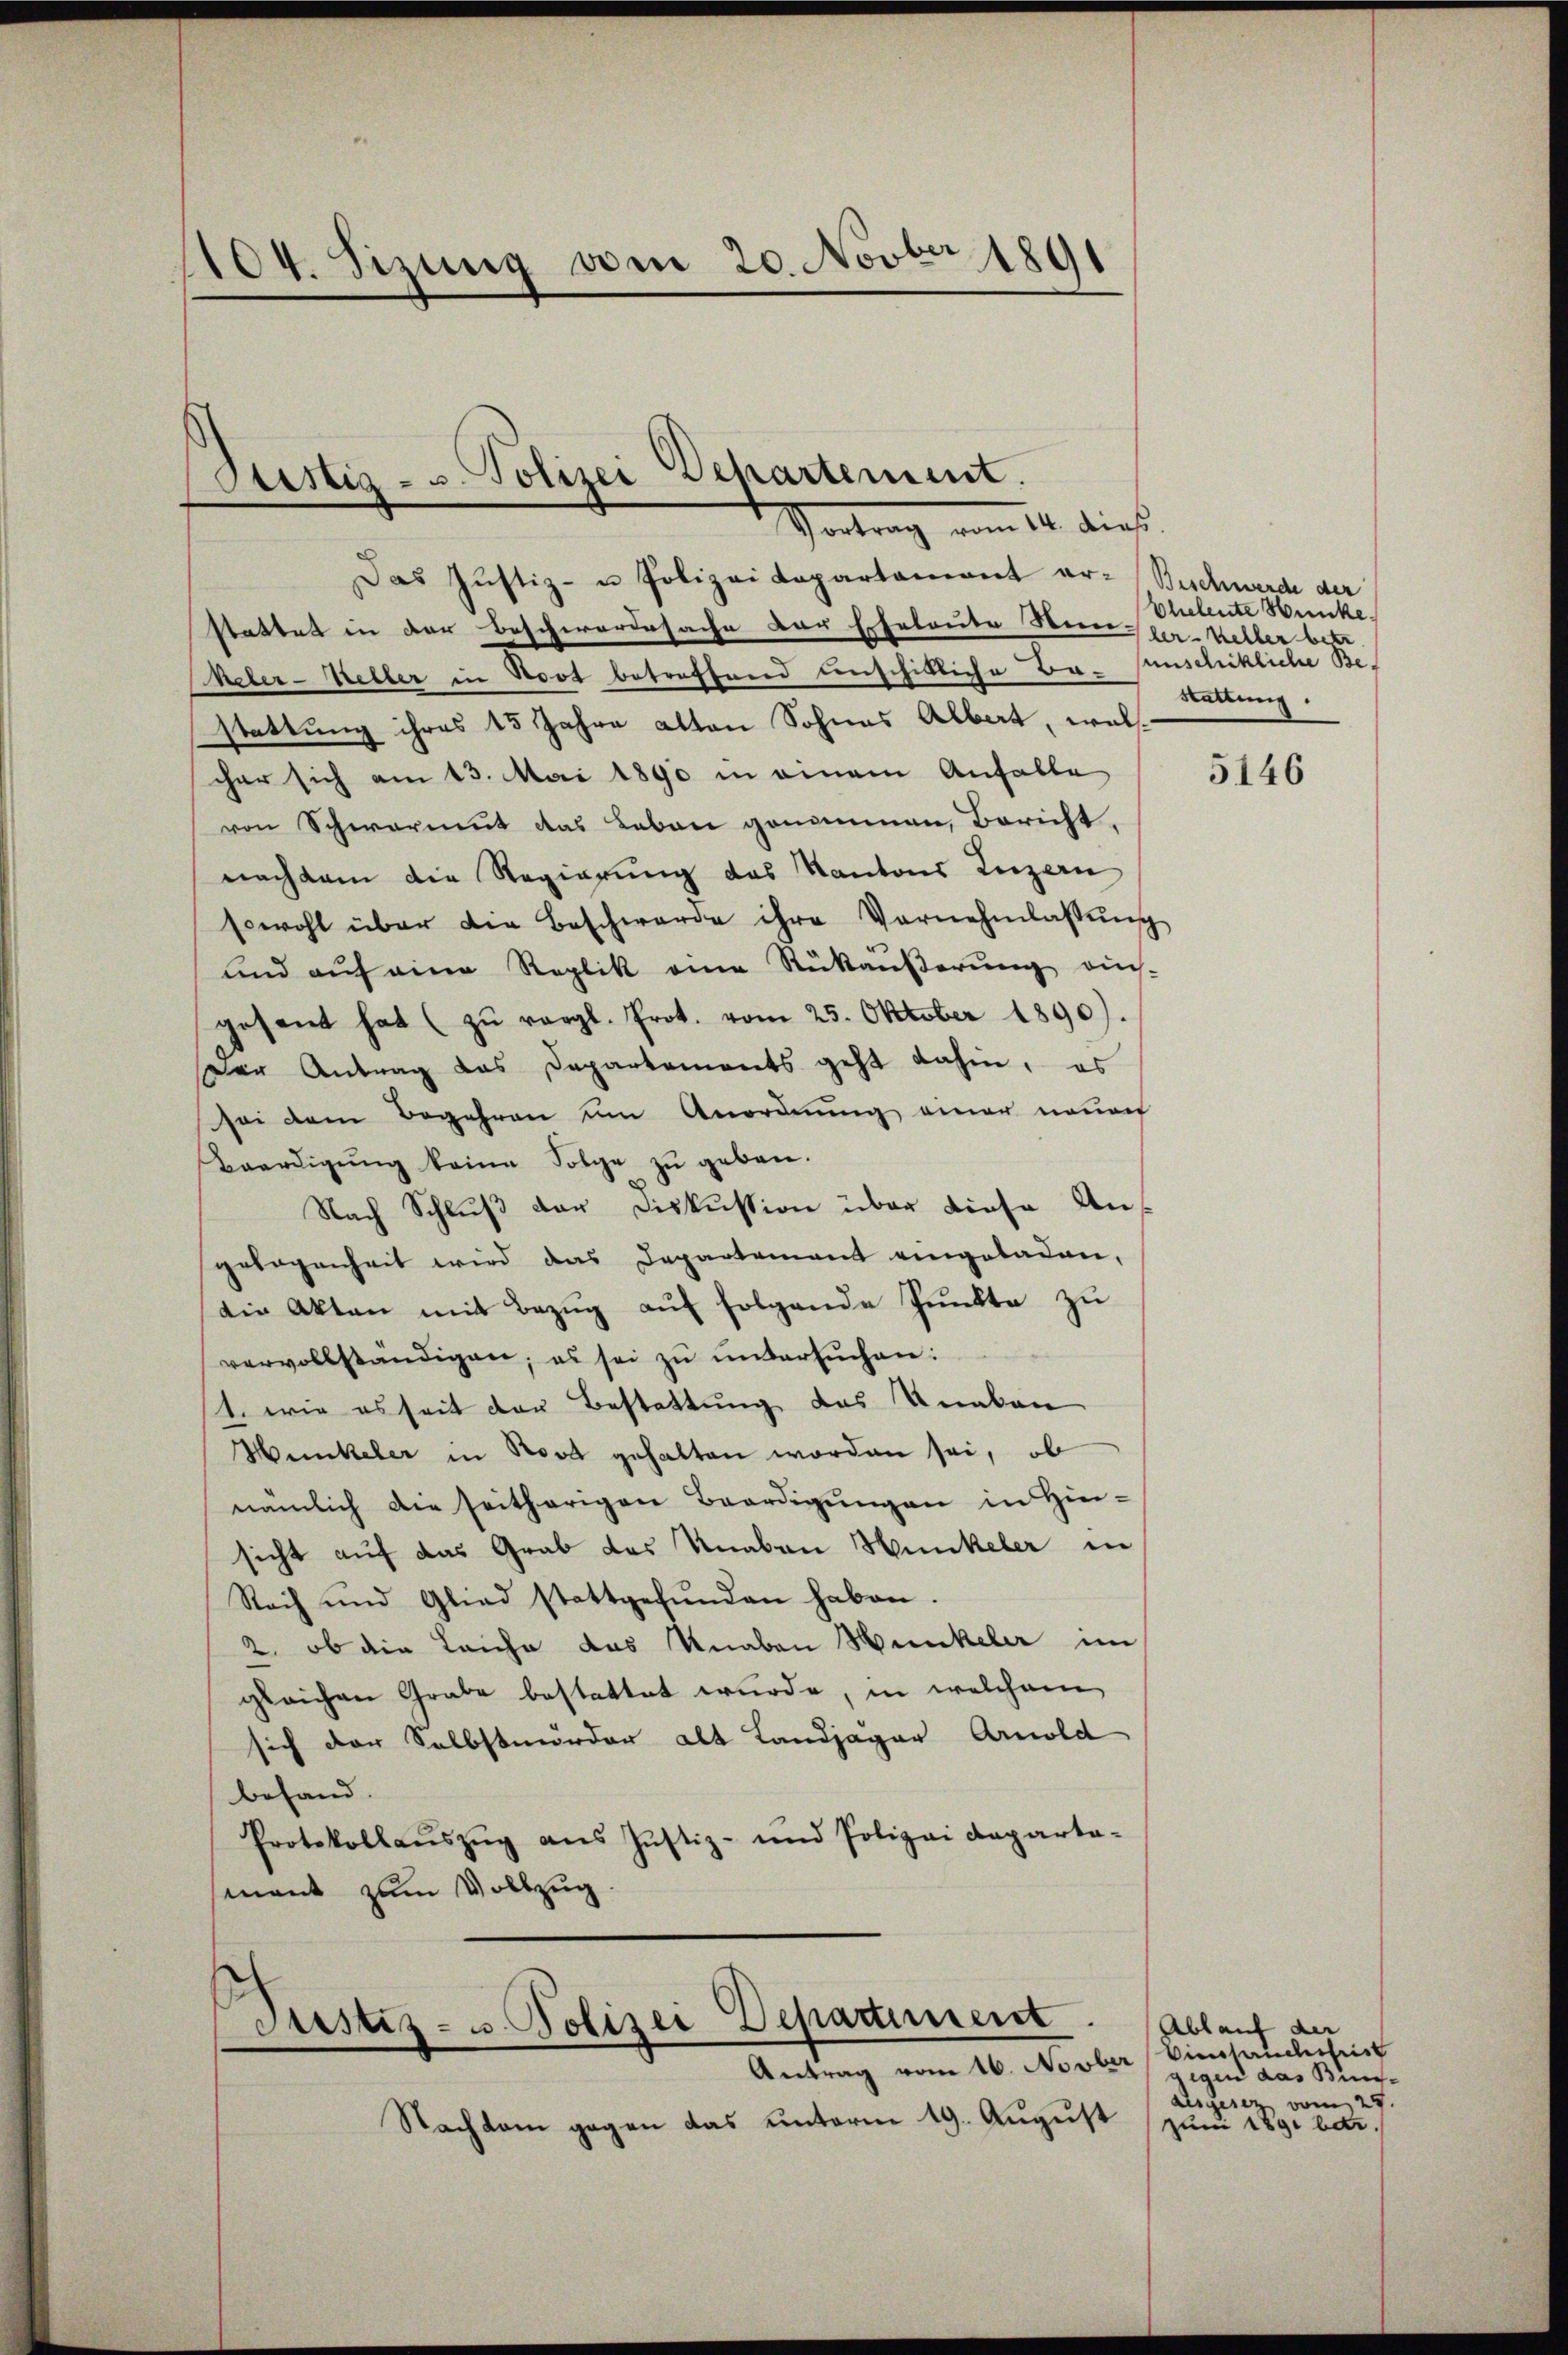
104. Sizung am 20. Novber 1891

Stistig - u. Polizei Departement.
Vortrag vom 14. dies

Das Justiz- u Polizeidepartament ar-Beschwerde der
stattet in der Beschwerdesache der Eheleute Nein per Keller betr.
heler-Keller in Boot betreffend unschikliche Ba-unschikliche Bestattung ihres 15 Jahre alten Sohnes Albert, welcher sich am 13. Mai 1890 in einem Anfalle
von Schwermut das Leben genommen, Bericht,
nachdem die Regierung des Kantons Luzern
sowohl über die Beschwerde ihre Vornehmlassŭng
und auf eine Replik eine Rükäußerung aus-
gesandt hat (zu vergl. Prot. vom 25. Oktober 1890).
Der Antrag das Departements geht dahin, es
sei dem Begehren um Anordnung einer neuen
Beerdigŭng keine Folge zŭ geben.
Nach Schlŭβ der Diskussion über diese Angelegenheit wird das Departement eingeladen,
die Akten mit Bezug auf folgende Punkte zu
vervollständigen; es sei zu untersuchen:
1. wie es seit der Bestattung des Knaben
Hunkeler in Nord gehalten worden sei, ob
nämlich die seitherigen Beerdigungen in Hin-
sicht auf das Grab das Knaben Hunkeler in
Rach und Glied stattgefŭnden haben.
2. ob die Laiche das Knaben Hunkeler im
gleichen Grabe bestattet wurde, in welchem
sich der Selbstmörder alt Landjäger Arnold
befand.
Protokollaŭszŭg ans Justiz- und Polizei Departa-
mant zum Vollzug

Justiz- u. Polizei Departement
Antrag vom 16. Novber

Nachkam gegen das unterm 19. August

Eheleute Bunke
Stellung.

5146

Ablauf der
Einssuchshist
igen das Bun¬
Alsgesez vom 27.
Juni 1891 betr.